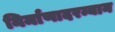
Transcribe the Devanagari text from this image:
निर्माणादरम्यान